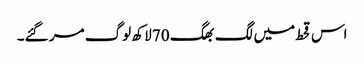
اس قحط میں لگ بھگ 70 لاکھ لوگ مر گئے۔